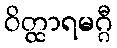
ဝိတ္ထာရမဂ္ဂီ